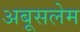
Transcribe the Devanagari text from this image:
अबूसलेम